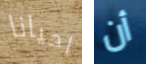
احيانا أن